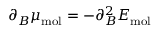
\partial _ { B } \mu _ { \mathrm { m o l } } = - \partial _ { B } ^ { 2 } E _ { \mathrm { m o l } }